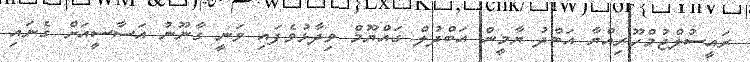
ރައީސުލްޖުމްހޫރިއްޔާ އަބްދު ޔާމީން އަބްދުލް ގައްޔޫމް ވިދާޅުވެފައި ވަނީ ގާނޫނު އަސާސީއަށް ގެނައި